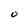
Character: O